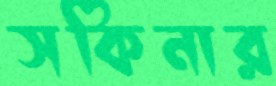
সকিনার